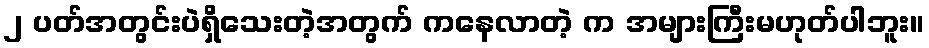
၂ ပတ်အတွင်းပဲရှိသေးတဲ့အတွက် ကနေလာတဲ့ က အများကြီးမဟုတ်ပါဘူး။